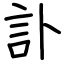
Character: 訃